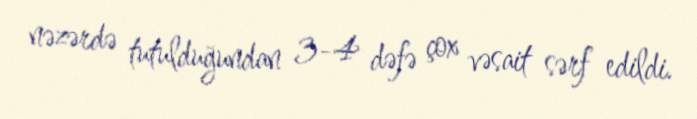
nəzərdə tutulduğundan 3-4 dəfə çox vəsait sərf edildi.